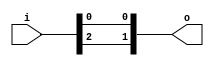
module bsg_concentrate_static_05
(
  i,
  o
);

  input [4:0] i;
  output [1:0] o;
  wire [1:0] o;
  assign o[1] = i[2];
  assign o[0] = i[0];

endmodule